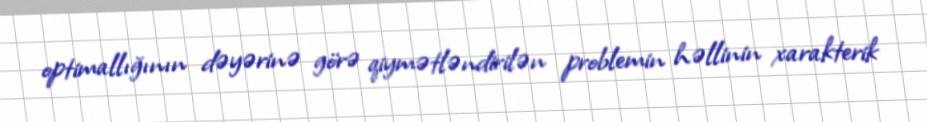
optimallığının dəyərinə görə qiymətləndirilən problemin həllinin xarakterik